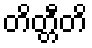
တိတ္တီတိ